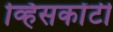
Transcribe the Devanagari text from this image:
व्हिसकोंटी